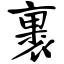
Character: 裹